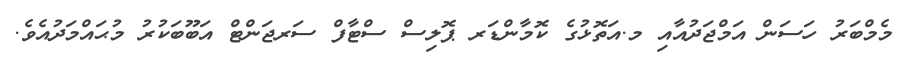
މެމްބަރު ހަސަން އަމްޖަދުއާއި މ.އަތޮޅުގެ ކޮމާންޑަރ ޕޮލިސް ސްޓާފް ސަރޖަންޓް އަބޫބަކުރު މުޙައްމަދުއެވެ.